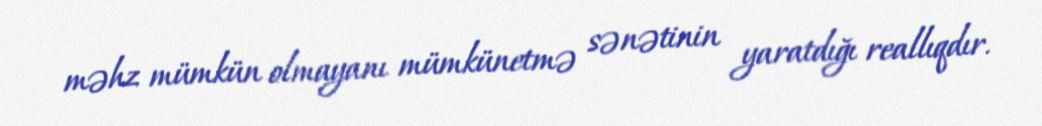
məhz mümkün olmayanı mümkünetmə sənətinin yaratdığı reallıqdır.